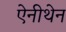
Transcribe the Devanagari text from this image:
ऐनीथेन